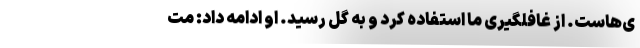
ی‌هاست. از غافلگیری ما استفاده کرد و به گل رسید. او ادامه داد: مت